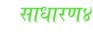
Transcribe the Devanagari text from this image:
साधारण४